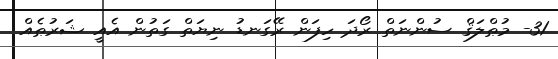
31- މުޠްލަޤް ސުންނަތް ރޯދަ ހިފަން ރޭގަނޑު ނިޔަތް ގަތުން އެއީ ޝަރުޠެއް